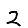
Digit: 2